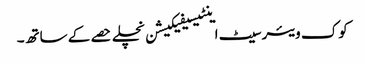
کوک ویئر سیٹ اینٹیسیفیکیشن نچلے حصے کے ساتھ۔